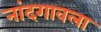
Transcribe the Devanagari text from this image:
नांदगावला